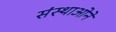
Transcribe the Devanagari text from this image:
संस्थाओने